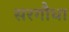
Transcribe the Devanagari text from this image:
सरगौधा